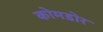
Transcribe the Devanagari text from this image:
कोमडोर